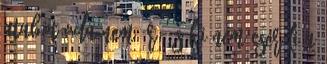
atabot oda nem ér, és ki nem cseréli a